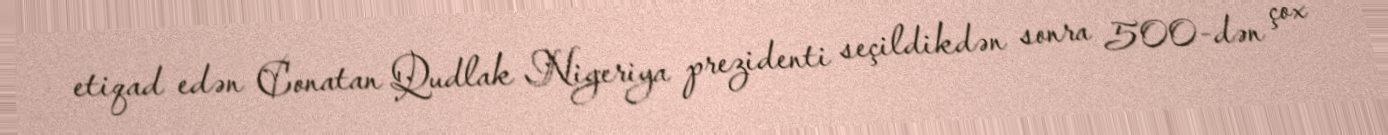
etiqad edən Conatan Qudlak Nigeriya prezidenti seçildikdən sonra 500-dən çox